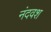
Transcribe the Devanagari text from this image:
नंदवश